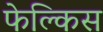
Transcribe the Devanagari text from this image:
फेल्किस